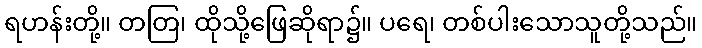
ရဟန်းတို့။ တတြ၊ ထိုသို့ဖြေဆိုရာ၌။ ပရေ၊ တစ်ပါးသောသူတို့သည်။